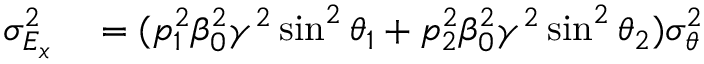
\begin{array} { r l } { \sigma _ { E _ { x } } ^ { 2 } } & { { } = ( p _ { 1 } ^ { 2 } \beta _ { 0 } ^ { 2 } \gamma ^ { 2 } \sin ^ { 2 } \theta _ { 1 } + p _ { 2 } ^ { 2 } \beta _ { 0 } ^ { 2 } \gamma ^ { 2 } \sin ^ { 2 } \theta _ { 2 } ) \sigma _ { \theta } ^ { 2 } } \end{array}